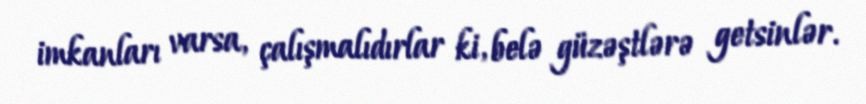
imkanları varsa, çalışmalıdırlar ki, belə güzəştlərə getsinlər.